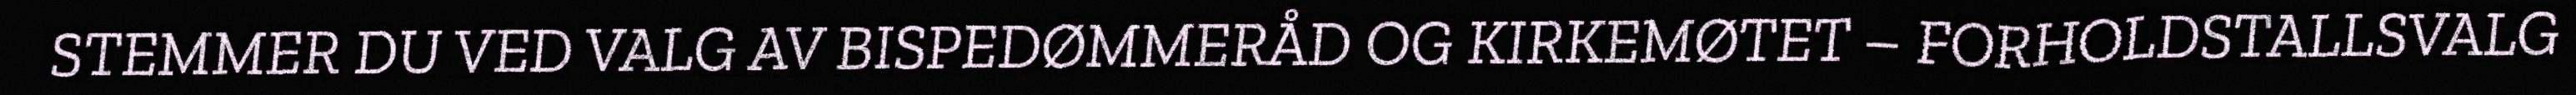
STEMMER DU VED VALG AV BISPEDØMMERÅD OG KIRKEMØTET – FORHOLDSTALLSVALG